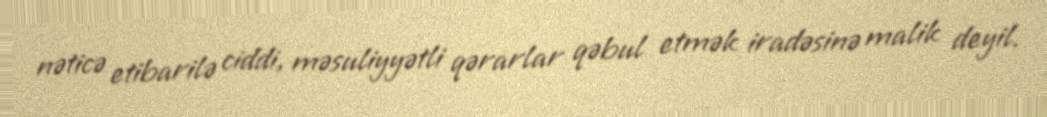
nəticə etibarilə ciddi, məsuliyyətli qərarlar qəbul etmək iradəsinə malik deyil.